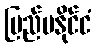
ပြည်ပနိုင်ငံ